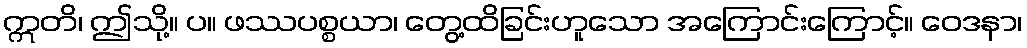
ဣတိ၊ ဤသို့။ ပ။ ဖဿပစ္စယာ၊ တွေ့ထိခြင်းဟူသော အကြောင်းကြောင့်။ ဝေဒနာ၊